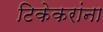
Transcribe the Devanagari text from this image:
टिकेकरांना